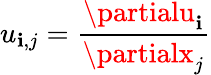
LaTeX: u_{\mathbf{i},j}=\frac{{\partialu_{\mathbf{i}}}}{{\partialx_{j}}}